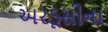
અરડૂસીના